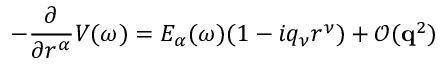
- \frac { \partial } { \partial r ^ { \alpha } } V ( \omega ) = E _ { \alpha } ( \omega ) ( 1 - i q _ { \nu } r ^ { \nu } ) + \mathcal { O } ( \mathbf { q } ^ { 2 } )